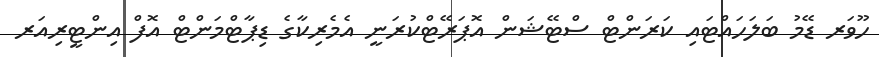
ހޫވަރ ޑޭމު ބަލަހައްޓައި ކަރަންޓް ސްޓޭޝަން އޮޕަރޭޓްކުރަނީ އެމެރިކާގެ ޑިޕާޓްމަންޓް އޮފް އިންޓީރިއަރ